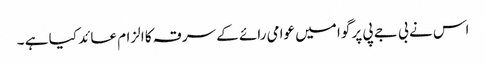
اس نے بی جے پی پر گوا میں عوامی رائے کے سرقہ کا الزام عائد کیا ہے ۔